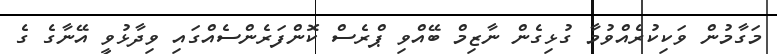
މަގާމުން ވަކިކުރެއްވުމާ ގުޅިގެން ނާޒިމް ބޭއްވި ޕްރެސް ކޮންފަރެންސެއްގައި ވިދާޅުވީ އޭނާގެ ގެ